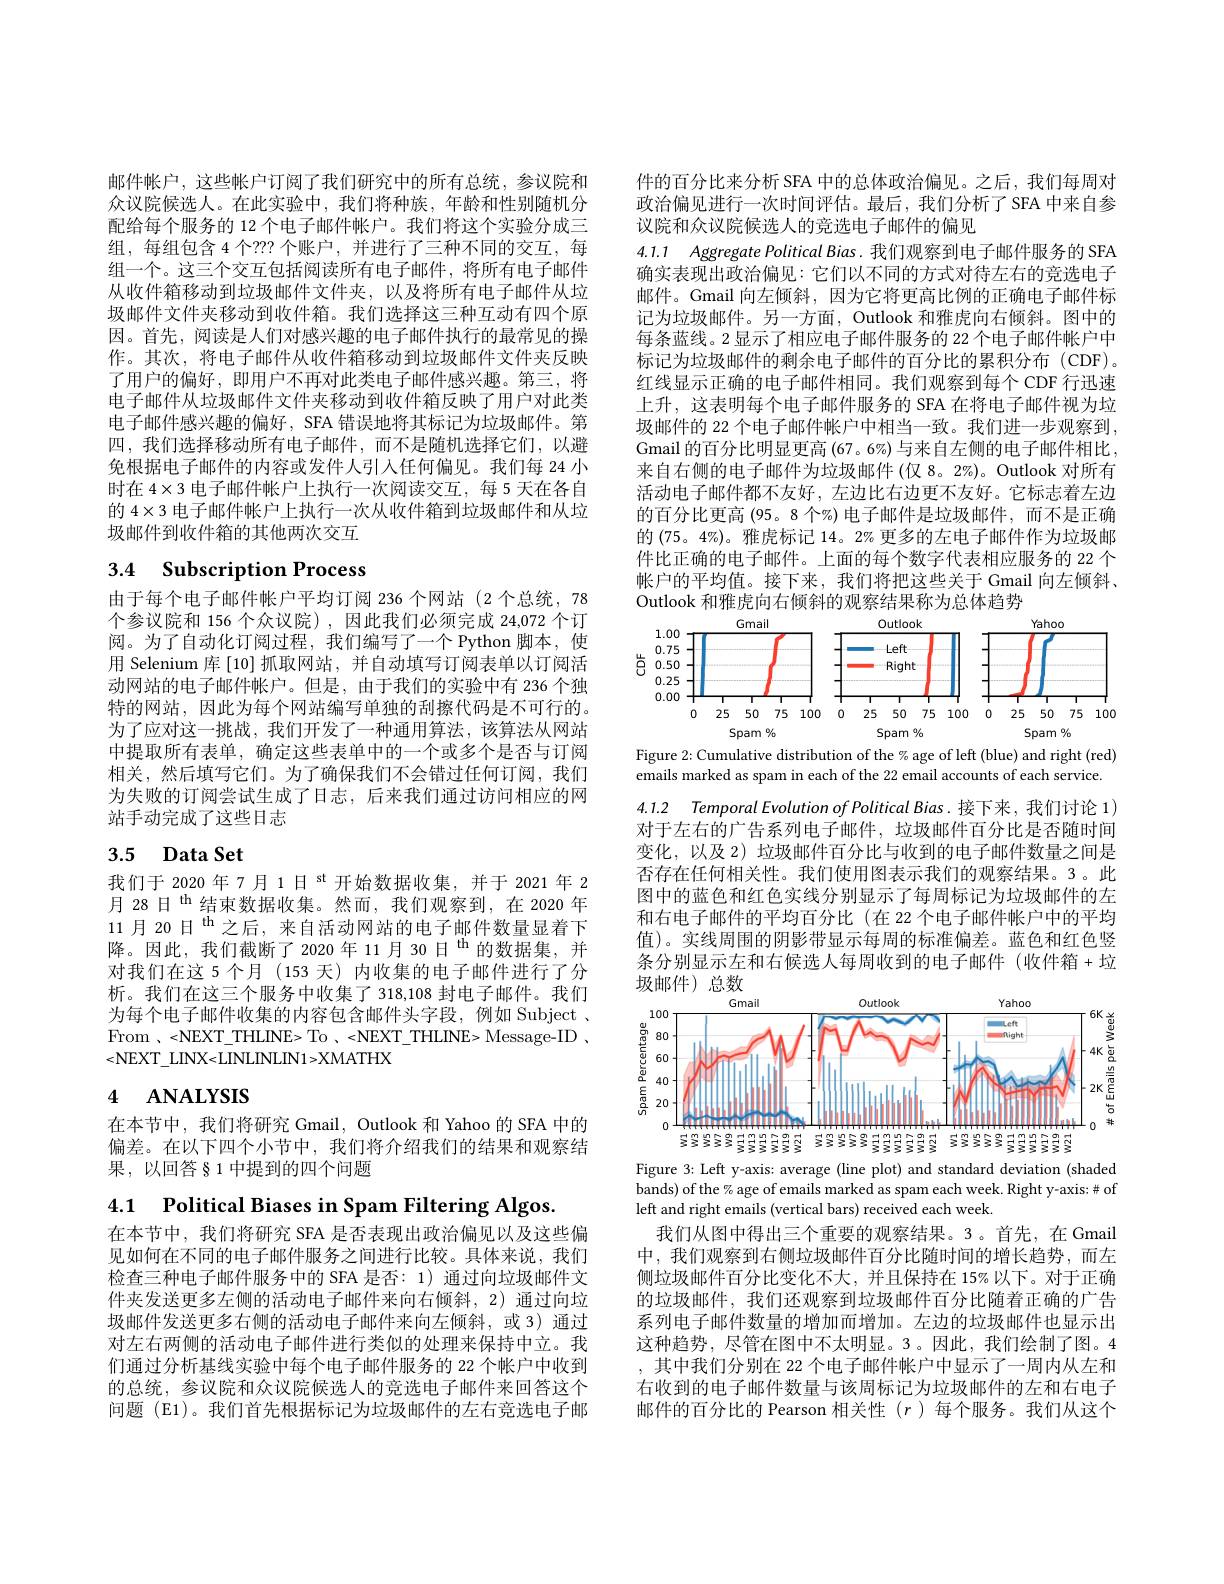
邮件帐户，这些帐户订阅了我们研究中的所有总统，参议院和众议院候选人。在此实验中，我们将种族，年龄和性别随机分配给每个服务的 12 个电子邮件帐户。我们将这个实验分成三组，每组包含 4 个？?? 个账户，并进行了三种不同的交互，每组一个。这三个交互包括阅读所有电子邮件，将所有电子邮件从收件箱移动到垃圾邮件文件夹，以及将所有电子邮件从垃圾邮件文件夹移动到收件箱。我们选择这三种互动有四个原因。首先，阅读是人们对感兴趣的电子邮件执行的最常见的操作。其次，将电子邮件从收件箱移动到垃圾邮件文件夹反映了用户的偏好，即用户不再对此类电子邮件感兴趣。第三，将电子邮件从垃圾邮件文件夹移动到收件箱反映了用户对此类电子邮件感兴趣的偏好，SFA 错误地将其标记为垃圾邮件。第四，我们选择移动所有电子邮件，而不是随机选择它们，以避免根据电子邮件的内容或发件人引入任何偏见。我们每 24 小时在$4\times3$电子邮件帐户上执行一次阅读交互，每 5 天在各自的$4\times3$电子邮件帐户上执行一次从收件箱到垃圾邮件和从垃圾邮件到收件箱的其他两次交互

# 3.4 Subscription Process

由于每个电子邮件帐户平均订阅 236 个网站(2 个总统，78个参议院和 156 个众议院),因此我们必须完成 24,072 个订阅。为了自动化订阅过程，我们编写了一个 Python 脚本，使用 Selenium 库$\{10\}$抓取网站，并自动填写订阅表单以订阅活动网站的电子邮件帐户。但是，由于我们的实验中有 236 个独特的网站，因此为每个网站编写单独的刮擦代码是不可行的。为了应对这一挑战，我们开发了一种通用算法，该算法从网站中提取所有表单，确定这些表单中的一个或多个是否与订阅相关，然后填写它们。为了确保我们不会错过任何订阅，我们为失败的订阅尝试生成了日志，后来我们通过访问相应的网站手动完成了这些日志

# 3.5 $\textbf{Data Set}$

我们于 2020 年 7 月 1日$^\mathrm{st}$开始数据收集，并于 2021 年 2月 28日$^{\mathrm{th}}$结束数据收集。然而，我们观察到，在 2020 年11月20日$^\mathrm{th}$之后，来自活动网站的电子邮件数量显着下降。因此，我们截断了2020年11月30日$^\mathrm{th}$的数据集，并对我们在这 5个月(153 天)内收集的电子邮件进行了分析。我们在这三个服务中收集了 318,108 封电子邮件。我们为每个电子邮件收集的内容包含邮件头字段，例如 Subject 、 $From~,~<NEXT\_THLINE>~To~,~<NEXT\_THLINE>~Message-ID~$, <NEXT\_LINX<LINLINLIN1>XMATHX

# 4 ANALYSIS

在本节中，我们将研究 Gmail, Outlook 和 Yahoo 的 SFA 中的偏差。在以下四个小节中，我们将介绍我们的结果和观察结果，以回答§1中提到的四个问题

4.1 $\textbf{Political Biases in Spam Filtering Algos}.$

在本节中，我们将研究 SFA 是否表现出政治偏见以及这些偏见如何在不同的电子邮件服务之间进行比较。具体来说，我们检查三种电子邮件服务中的 SFA 是否：1) 通过向垃圾邮件文件夹发送更多左侧的活动电子邮件来向右倾斜，2)通过向垃圾邮件发送更多右侧的活动电子邮件来向左倾斜，或 3) 通过对左右两侧的活动电子邮件进行类似的处理来保持中立。我们通过分析基线实验中每个电子邮件服务的 22 个帐户中收到的总统，参议院和众议院候选人的竞选电子邮件来回答这个问题 (E1)。我们首先根据标记为垃圾邮件的左右竞选电子邮

件的百分比来分析 SFA 中的总体政治偏见。之后，我们每周对政治偏见进行一次时间评估。最后，我们分析了SFA 中来自参议院和众议院候选人的竞选电子邮件的偏见

4.1.1 Aggregate Political Bias. 我们观察到电子邮件服务的 SFA 确实表现出政治偏见：它们以不同的方式对待左右的竞选电子邮件。Gmail 向左倾斜，因为它将更高比例的正确电子邮件标记为垃圾邮件。另一方面，Outlook 和雅虎向右倾斜。图中的每条蓝线。2 显示了相应电子邮件服务的 22 个电子邮件帐户中标记为垃圾邮件的剩余电子邮件的百分比的累积分布(CDF)。红线显示正确的电子邮件相同。我们观察到每个 CDF 行迅速上升，这表明每个电子邮件服务的 SFA 在将电子邮件视为垃圾邮件的 22 个电子邮件帐户中相当一致。我们进一步观察到， Gmail 的百分比明显更高 (67。6%) 与来自左侧的电子邮件相比， 来自右侧的电子邮件为垃圾邮件 (仅 8。2%)。Outlook 对所有活动电子邮件都不友好，左边比右边更不友好。它标志着左边的百分比更高 (95。8 个%) 电子邮件是垃圾邮件，而不是正确的 (75。4%)。雅虎标记 14。2% 更多的左电子邮件作为垃圾邮件比正确的电子邮件。上面的每个数字代表相应服务的 22 个帐户的平均值。接下来，我们将把这些关于 Gmail 向左倾斜、 Outlook 和雅虎向右倾斜的观察结果称为总体趋势

<FigureHere>
Figure 2: Cumulative distribution of the % age of left (blue) and right (red)

emails marked as spam in each of the 22 email accounts of each service.

4.1.2 Temporal Evolution of Political Bias. 接下来，我们讨论 1)

对于左右的广告系列电子邮件，垃圾邮件百分比是否随时间变化，以及 2) 垃圾邮件百分比与收到的电子邮件数量之间是否存在任何相关性。我们使用图表示我们的观察结果。3。此图中的蓝色和红色实线分别显示了每周标记为垃圾邮件的左和右电子邮件的平均百分比(在 22 个电子邮件帐户中的平均值)。实线周围的阴影带显示每周的标准偏差。蓝色和红色竖条分别显示左和右候选人每周收到的电子邮件(收件箱+垃

<FigureHere>

Figure 3: Left y-axis: average (line plot) and standard deviation (shaded bands) of the % age of emails marked as spam each week. Right y-axis:# of left and right emails (vertical bars) received each week.

我们从图中得出三个重要的观察结果。3。首先，在 Gmail 中，我们观察到右侧垃圾邮件百分比随时间的增长趋势，而左侧垃圾邮件百分比变化不大，并且保持在 15%以下。对于正确的垃圾邮件，我们还观察到垃圾邮件百分比随着正确的广告系列电子邮件数量的增加而增加。左边的垃圾邮件也显示出这种趋势，尽管在图中不太明显。3。因此，我们绘制了图。4 ,其中我们分别在 22 个电子邮件帐户中显示了一周内从左和右收到的电子邮件数量与该周标记为垃圾邮件的左和右电子邮件的百分比的 Pearson 相关性$(r$ )每个服务。我们从这个